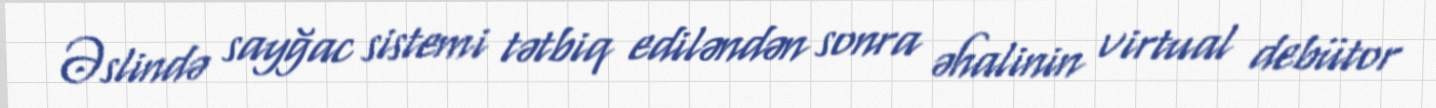
Əslində sayğac sistemi tətbiq ediləndən sonra əhalinin virtual debütor